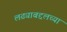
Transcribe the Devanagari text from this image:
लढ्याबद्दलच्या